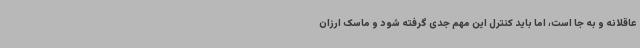
عاقلانه و به جا است، اما باید کنترل این مهم جدی گرفته شود و ماسک ارزان